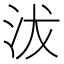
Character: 沷